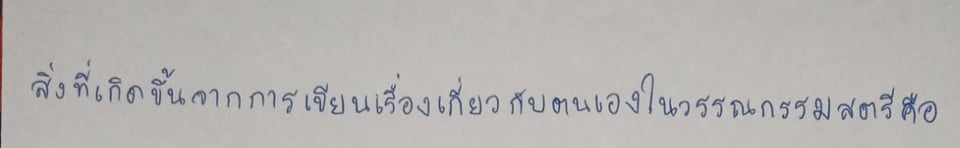
สิ่งหนึ่งที่เกิดขึ้นจากการเขียนเรื่องเกี่ยวกับตนเองในวรรณกรรมสตรีคือ